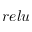
r e l u